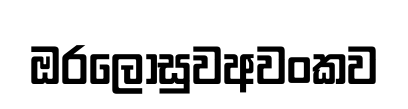
ඔරලෝසුවඅවංකව